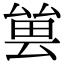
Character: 𠬀